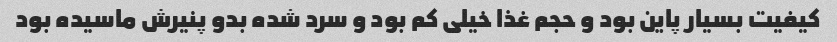
کیفیت بسیار پاین بود و حجم غذا خیلی کم بود و سرد شده بدو پنیرش ماسیده بود